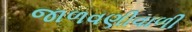
જાળવણીવાળી